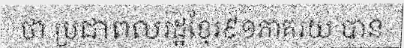
ថា ប្រជាពលរដ្ឋខ្មែរ៩១ភាគរយ បាន